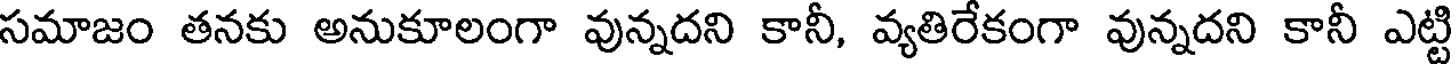
సమాజం తనకు అనుకూలంగా వున్నదని కానీ, వ్యతిరేకంగా వున్నదని కానీ ఎట్టి